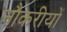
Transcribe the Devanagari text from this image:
नौकरीयों